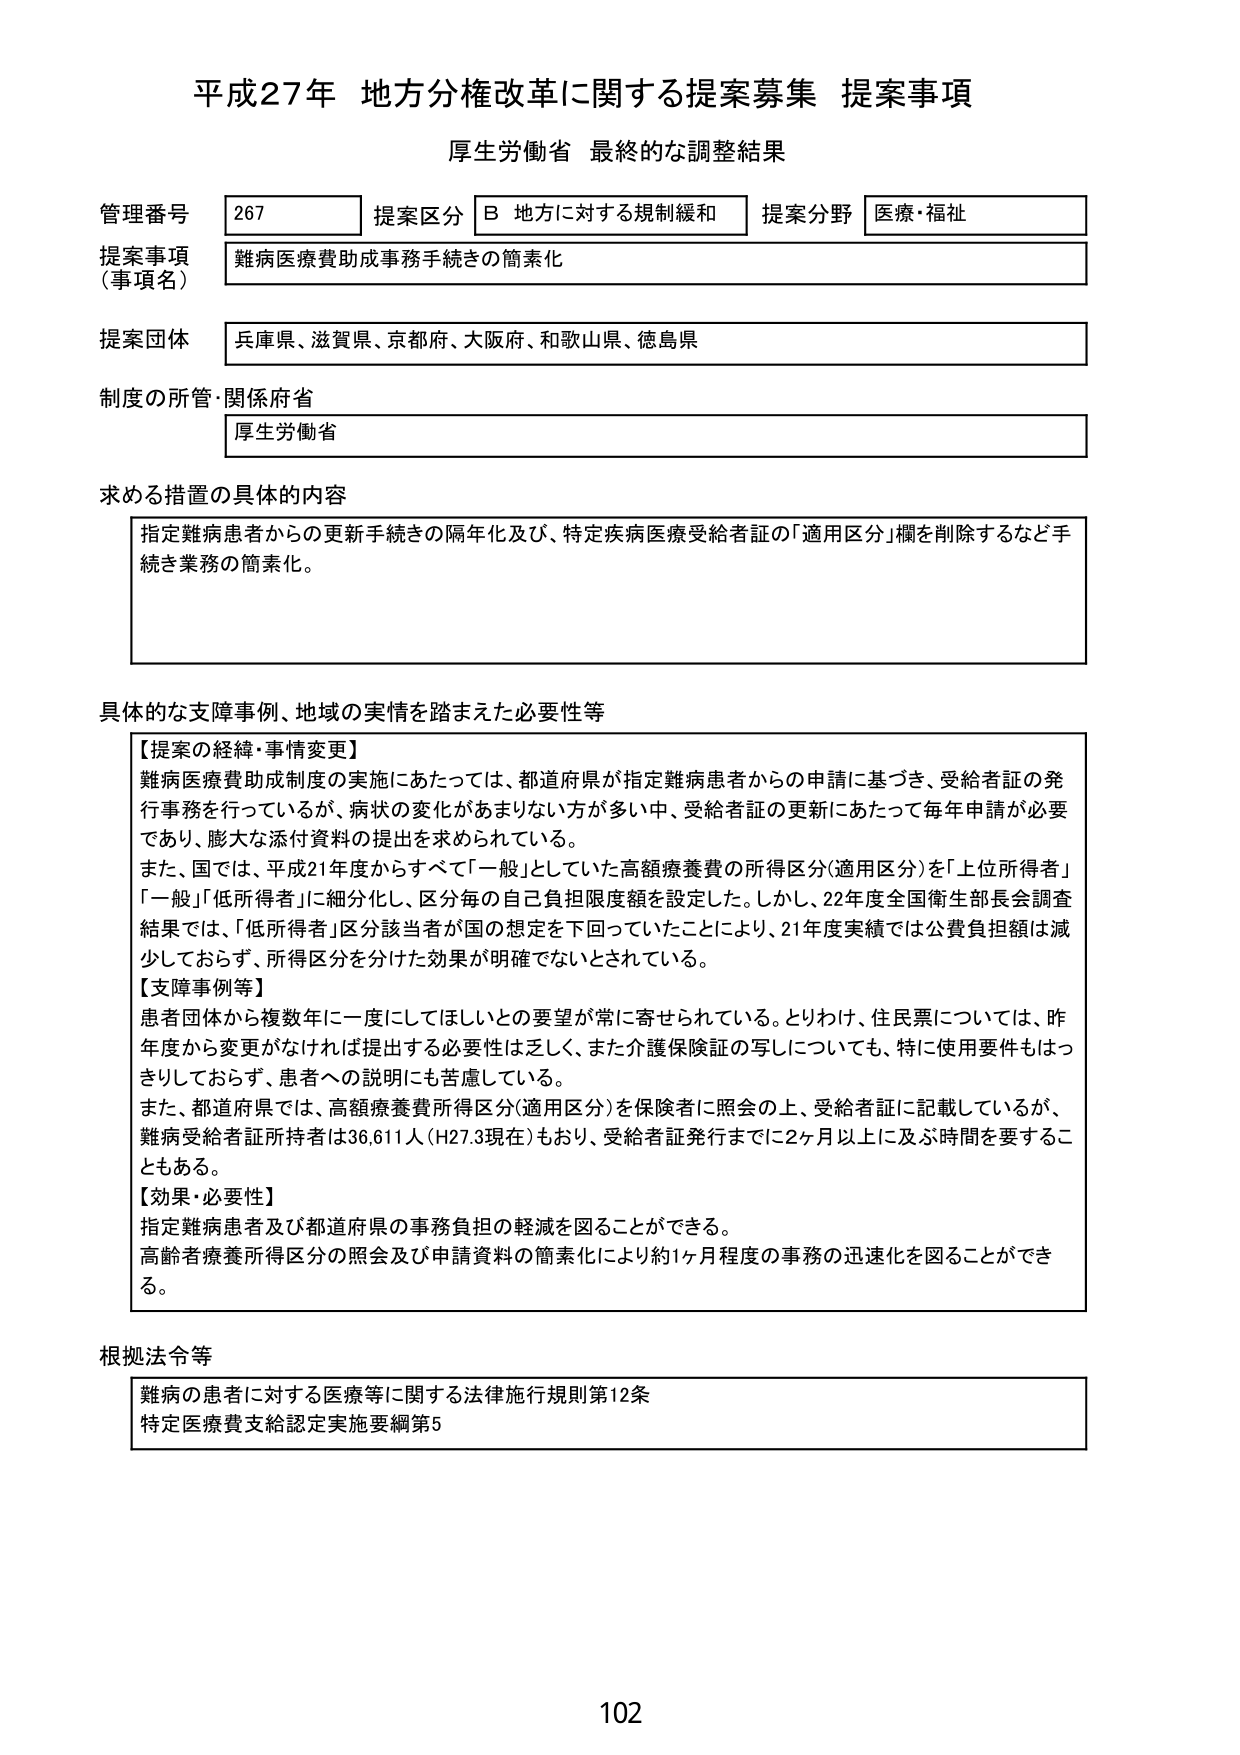
平成27年 地方分権改革に関する提案募集 提案事項
厚生労働省 最終的な調整結果

管理番号 267 提案区分 B 地方に対する規制緩和 提案分野 医療・福祉
提案事項（事項名） 難病医療費助成事務手続きの簡素化
提案団体 兵庫県、滋賀県、京都府、大阪府、和歌山県、徳島県
制度の所管・関係府省 厚生労働省

求める措置の具体的内容
指定難病患者からの更新手続きの隔年化及び、特定疾病医療受給者証の「適用区分」欄を削除するなど手続き業務の簡素化。

具体的な支障事例、地域の実情を踏まえた必要性等
【提案の経緯・事情変更】
難病医療費助成制度の実施にあたっては、都道府県が指定難病患者からの申請に基づき、受給者証の発行事務を行っているが、病状の変化があまりない方が多い中、受給者証の更新にあたって毎年申請が必要であり、膨大な添付資料の提出を求められている。
また、国では、平成21年度からすべて「一般」としていた高額療養費の所得区分（適用区分）を「上位所得者」「一般」「低所得者」に細分化し、区分毎の自己負担限度額を設定した。しかし、22年度全国衛生部長会調査結果では、「低所得者」区分該当者が国の想定を下回っていたことにより、21年度実績では公費負担額は減少しておらず、所得区分を分けた効果が明確でないとしている。
【支障事例等】
患者団体から複数年に一度にしてほしいとの要望が常に寄せられている。とりわけ、住民票については、昨年度から変更がなければ提出する必要性は乏しく、また介護保険証の写しについても、特に使用要件もはっきりしておらず、患者への説明にも苦慮している。
また、都道府県では、高額療養費所得区分（適用区分）を保険者に照会の上、受給者証に記載しているが、難病受給者証所持者は36,611人（H27.3現在）もおり、受給者証発行までに2ヶ月以上に及ぶ時間を要することもある。
【効果・必要性】
指定難病患者及び都道府県の事務負担の軽減を図ることができる。
高齢者療養所得区分の照会及び申請資料の簡素化により約1ヶ月程度の事務の迅速化を図ることができる。

根拠法令等
難病の患者に対する医療等に関する法律施行規則第12条
特定医療費支給認定実施要綱第5

102